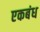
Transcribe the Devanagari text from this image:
एकबंध